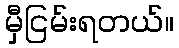
မှီငြမ်းရတယ်။